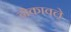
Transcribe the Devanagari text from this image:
डोकावले